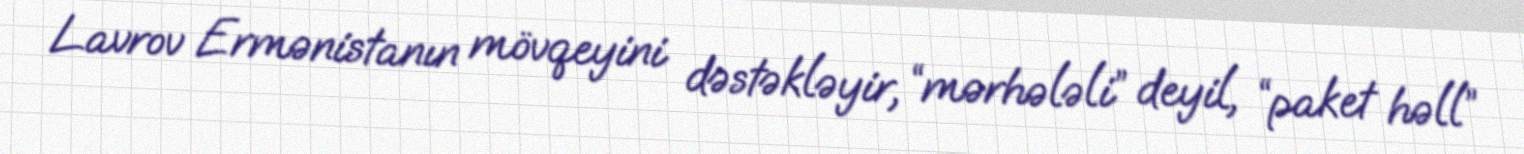
Lavrov Ermənistanın mövqeyini dəstəkləyir, “mərhələli” deyil, “paket həll”